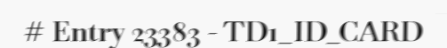
# Entry 23383 - TD1_ID_CARD